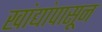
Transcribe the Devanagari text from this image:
खांद्यांपासून